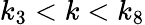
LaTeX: k_{3}<k<k_{8}